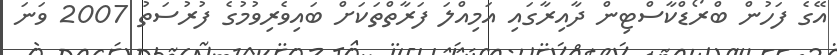
އޭގެ ފަހުން ބްރޯޑްކާސްޓިން ދާއިރާގައި އަމިއްލަ ފަރާތްތަކަށް ބައިވެރިވުމުުގެ ފުރުސަތު 2007 ވަނަ